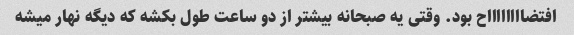
افتضااااااااح بود. وقتی یه صبحانه بیشتر از دو ساعت طول بکشه که دیگه نهار میشه